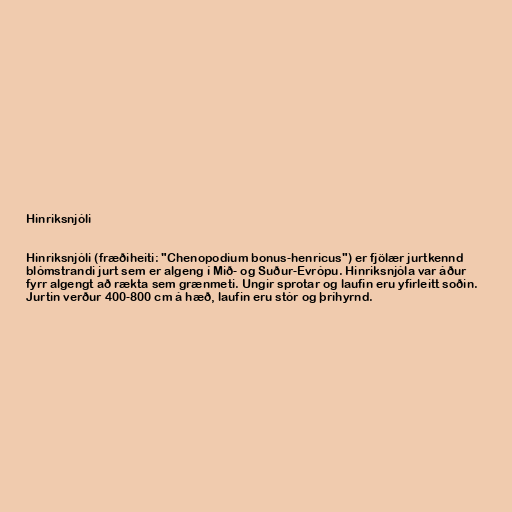
Hinriksnjóli

Hinriksnjóli (fræðiheiti: "Chenopodium bonus-henricus") er fjölær jurtkennd
blómstrandi jurt sem er algeng í Mið- og Suður-Evrópu. Hinriksnjóla var áður
fyrr algengt að rækta sem grænmeti. Ungir sprotar og laufin eru yfirleitt soðin.
Jurtin verður 400-800 cm á hæð, laufin eru stór og þríhyrnd.